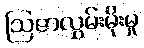
ဩဇာလွှမ်းမိုးမှု